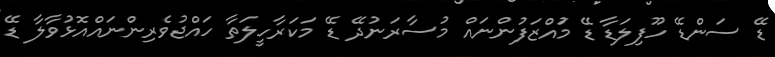
ޑޭ ސަންޑޭ ހޫފިލަޑާ ޑޭ މުައްޒަފުންނައް މުސާރަނުދޭ ޑޭ މަކަރާހީލަތާ ހައްޖުވެރިންނައްއޮޅުވާލާ ޑޭ